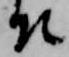
そ